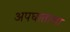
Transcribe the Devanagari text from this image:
अपघाताला